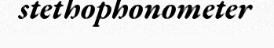
stethophonometer